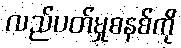
လည်ပတ်မှုစနစ်ကို